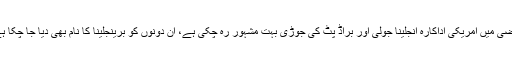
ماضی میں امریکی اداکارہ انجلینا جولی اور براڈ پٹ کی جوڑی بہت مشہور رہ چکی ہے، ان دونوں کو برینجلینا کا نام بھی دیا جا چکا ہے۔